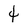
Character: 4